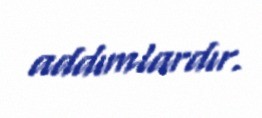
addımlardır.